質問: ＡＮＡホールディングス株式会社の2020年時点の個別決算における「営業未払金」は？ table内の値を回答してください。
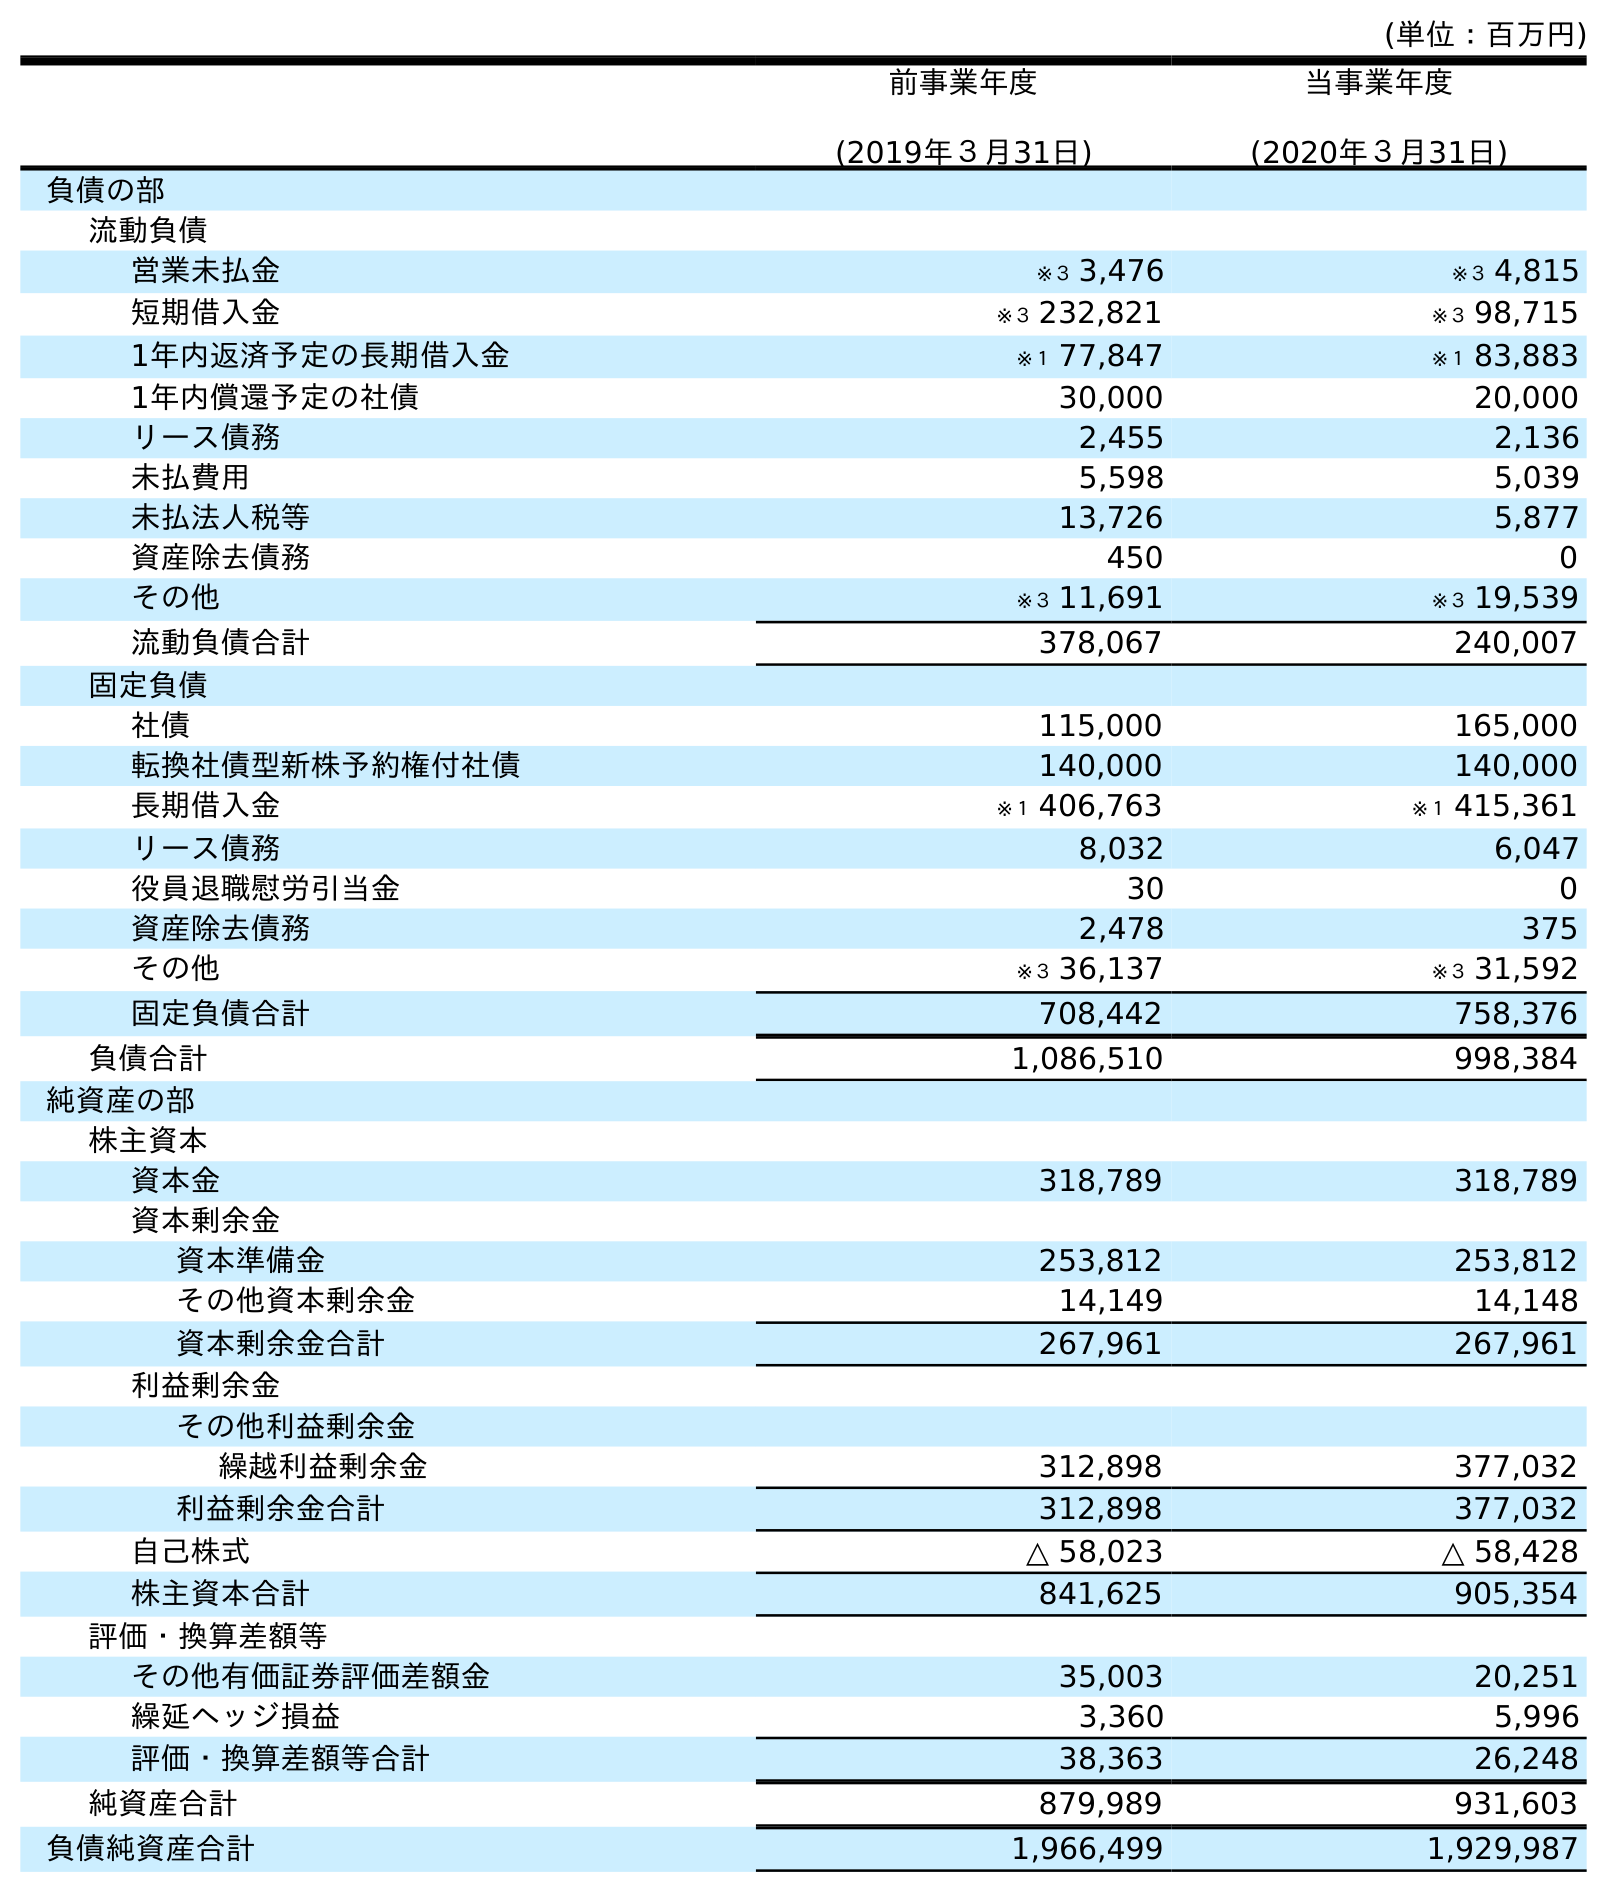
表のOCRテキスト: (単位：百万円) 前事業年度 (2019年３月31日) 当事業年度 (2020年３月31日) 負債の部 流動負債 営業未払金 ※３ 3,476 ※３ 4,815 短期借入金 ※３ 232,821 ※３ 98,715 1年内返済予定の長期借入金 ※１ 77,847 ※１ 83,883 1年内償還予定の社債 30,000 20,000 リース債務 2,455 2,136 未払費用 5,598 5,039 未払法人税等 13,726 5,877 資産除去債務 450 0 その他 ※３ 11,691 ※３ 19,539 流動負債合計 378,067 240,007 固定負債 社債 115,000 165,000 転換社債型新株予約権付社債 140,000 140,000 長期借入金 ※１ 406,763 ※１ 415,361 リース債務 8,032 6,047 役員退職慰労引当金 30 0 資産除去債務 2,478 375 その他 ※３ 36,137 ※３ 31,592 固定負債合計 708,442 758,376 負債合計 1,086,510 998,384 純資産の部 株主資本 資本金 318,789 318,789 資本剰余金 資本準備金 253,812 253,812 その他資本剰余金 14,149 14,148 資本剰余金合計 267,961 267,961 利益剰余金 その他利益剰余金 繰越利益剰余金 312,898 377,032 利益剰余金合計 312,898 377,032 自己株式 △ 58,023 △ 58,428 株主資本合計 841,625 905,354 評価・換算差額等 その他有価証券評価差額金 35,003 20,251 繰延ヘッジ損益 3,360 5,996 評価・換算差額等合計 38,363 26,248 純資産合計 879,989 931,603 負債純資産合計 1,966,499 1,929,987
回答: ※３4,815